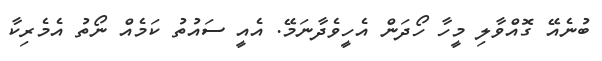
ބުނެއޭ ގޮއްވާލި މީހާ ހޯދަން އެހީިވެދާނަމޭ. އެއީ ސައުތު ކަމެއް ނޯތު އެމެރިކާ